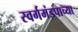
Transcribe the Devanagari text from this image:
स्वर्गमंडपाच्या